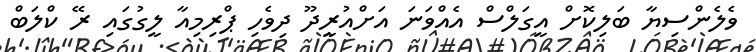
ވެލެންސިޔާ ބަލިކޮށް އީގަލްސް އެއްވަނަ އަށްއުރީދޫ ދިވެހި ޕްރިމިއާ ލީގުގައި ރޭ ކްލަބް